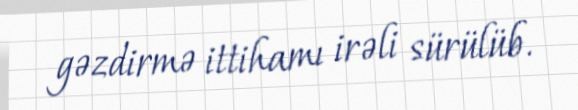
gəzdirmə ittihamı irəli sürülüb.